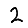
Digit: 2